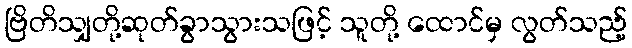
ဗြိတိသျှတို့ဆုတ်ခွာသွားသဖြင့် သူတို့ ထောင်မှ လွတ်သည့်